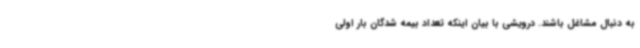
به دنبال مشاغل باشند. درویشی با بیان اینکه تعداد بیمه شدگان بار اولی